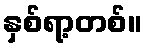
နှစ်ရာ့တစ်။